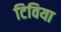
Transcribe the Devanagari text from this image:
टिविया